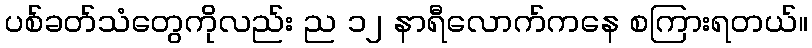
ပစ်ခတ်သံတွေကိုလည်း ည ၁၂ နာရီလောက်ကနေ စကြားရတယ်။